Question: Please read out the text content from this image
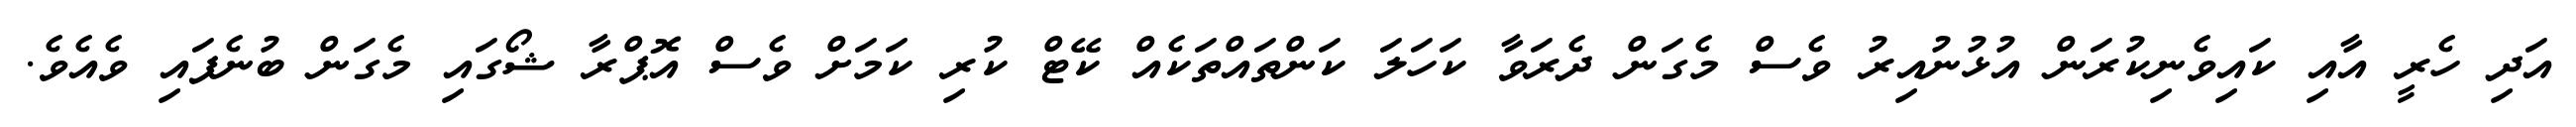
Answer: އަދި ހެރީ އާއި ކައިވެނިކުރަން އުޅުނުއިރު ވެސް މެގަން ދެރަވާ ކަހަލަ ކަންތައްތަކެއް ކޭޓް ކުރި ކަމަށް ވެސް އޮޕްރާ ޝޯގައި މެގަން ބުނެފައި ވެއެވެ.